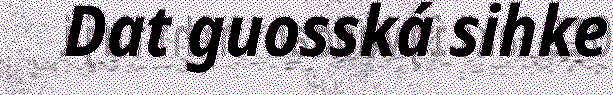
Dat guosská sihke